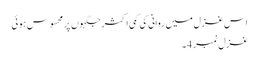
اس غزل میں روانی کی کمی اکثر جگہوں پر محسوس ہوئی
غزل نمبر 4۔